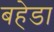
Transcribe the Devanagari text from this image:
बहेडा